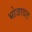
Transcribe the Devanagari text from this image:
भोजावत